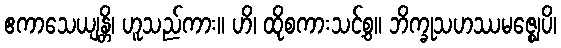
ဧကာသေယျန္တိ၊ ဟူသည်ကား။ ဟိ၊ ထိုစကားသင့်စွ။ ဘိက္ခုသဟဿမဇ္ဈေပိ၊